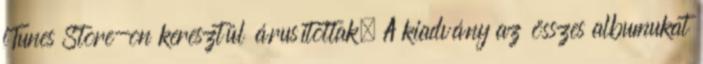
iTunes Store-on keresztül árusítottak. A kiadvány az összes albumukat